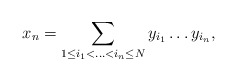
\begin{align*}x_n=\sum_{1\leq i_1<...<i_n\leq N} y_{i_1}\dots y_{i_n},\end{align*}